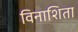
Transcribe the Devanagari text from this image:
विनाशिता